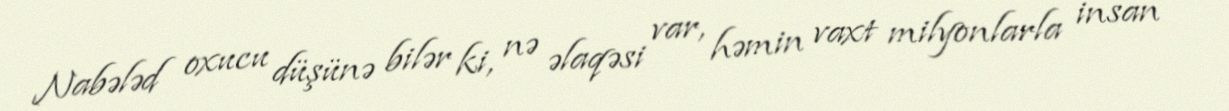
Nabələd oxucu düşünə bilər ki, nə əlaqəsi var, həmin vaxt milyonlarla insan